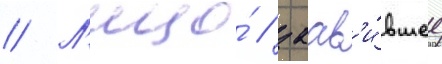
// Л'ицо́ / заав'и́вшее